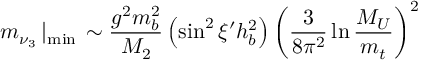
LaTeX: m _ { \nu _ { 3 } } \left| _ { \mathrm { m i n } } \right. \sim \frac { g ^ { 2 } m _ { b } ^ { 2 } } { M _ { 2 } } \left( \sin ^ { 2 } \xi ^ { \prime } h _ { b } ^ { 2 } \right) \left( \frac 3 { 8 \pi ^ { 2 } } \ln \frac { M _ { U } } { m _ { t } } \right) ^ { 2 }